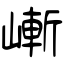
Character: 嶃